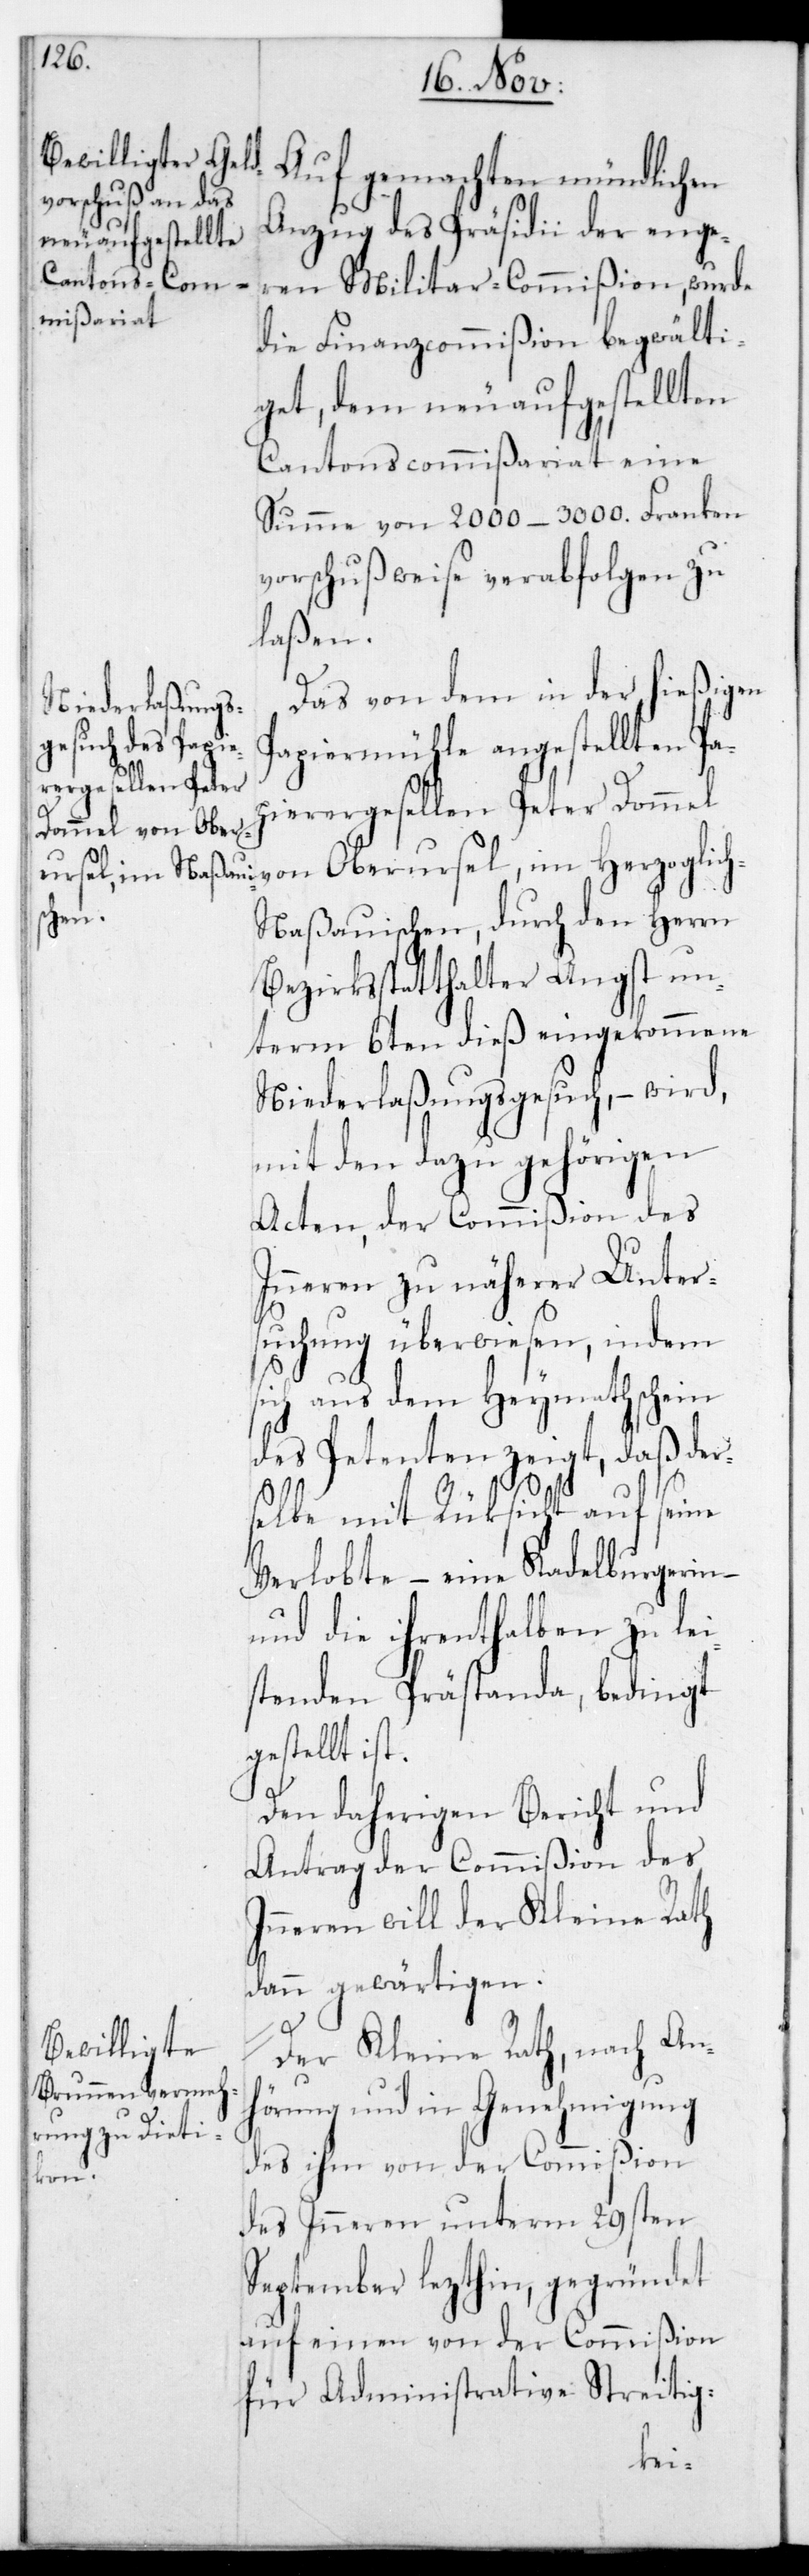
Auf gemachten mündlichen
Anzug des Präsidii der enge¬
s¬
ren Militar-Commißion, wurde
die Finanzcommißion begwälti¬
get, dem neu aufgestellten
Cantons-Commißariat eine
Summe von 2000–3000. Franken
vorschußweise verabfolgen zu
laßen.
Das von dem in der hießigen
Papiermühle angestellten Pa¬
pierergesellen Peter Dommel
ch-N¬
aßauischen, durch den Herrn
Bezirksstatthalter Angst un¬
term 6ten dieß eingekommene
Niederlaßungsgesuch, – wird
mit den dazu gehörigen
Acten, der Commißion des
Inneren zu näherer Unter¬
suchung überwiesen, indem
ich aus dem Heymathschein
des Petenten zeigt, daß der¬
selbe mit Rücksicht auf seine
Verlobte, – eine Kadelburgerin –
und die ihrenthalben zu lei¬
stenden Prästanda, bedingt
gestellt ist.
Den daherigen Bericht und
Antrag der Commißion des
Inneren will der Kleine Rath
dann gewärtigen.
Der Kleine Rath, nach An¬
hörung und in Genehmigung
des ihm von der Commißion
zogli¬
des Inneren unterm 29sten
September lezthin, gegründet
auf einen von der Commißion
für Administrative Streitig-